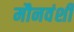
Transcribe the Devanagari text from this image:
मौनवंशी